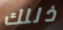
ذللك